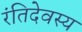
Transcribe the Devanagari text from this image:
रंतिदेवस्य